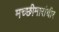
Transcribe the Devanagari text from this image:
मच्छीमारांचीर